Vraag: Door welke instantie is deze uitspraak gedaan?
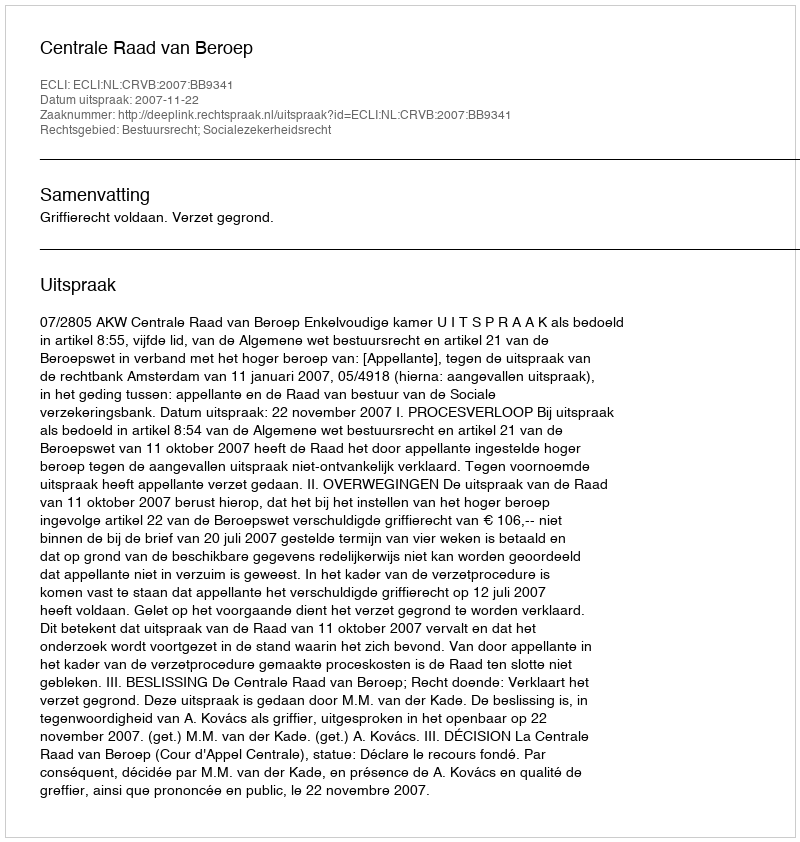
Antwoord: Centrale Raad van Beroep